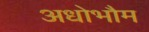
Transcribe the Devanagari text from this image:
अधोभौम